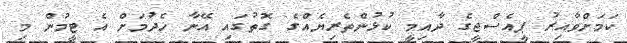
ކަމަށްވާއިރު ޕީއެސްޖީގެ ދާއިމީ ކުޅުންތެރިޔެއްގެ ގޮތުގައި އޭނާ ހެދުމަށް އެ ޓީމުން މި